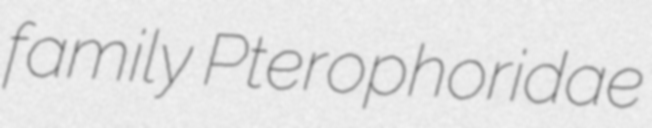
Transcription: family Pterophoridae